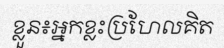
ខ្លួន៖អ្នកខ្លះប្រហែលគិត